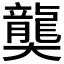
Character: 𪚔